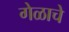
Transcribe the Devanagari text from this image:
गेळाचे